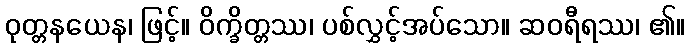
ဝုတ္တနယေန၊ ဖြင့်။ ဝိက္ခိတ္တဿ၊ ပစ်လွှင့်အပ်သော။ ဆဝရီရဿ၊ ၏။